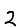
Digit: 2